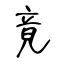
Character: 竟